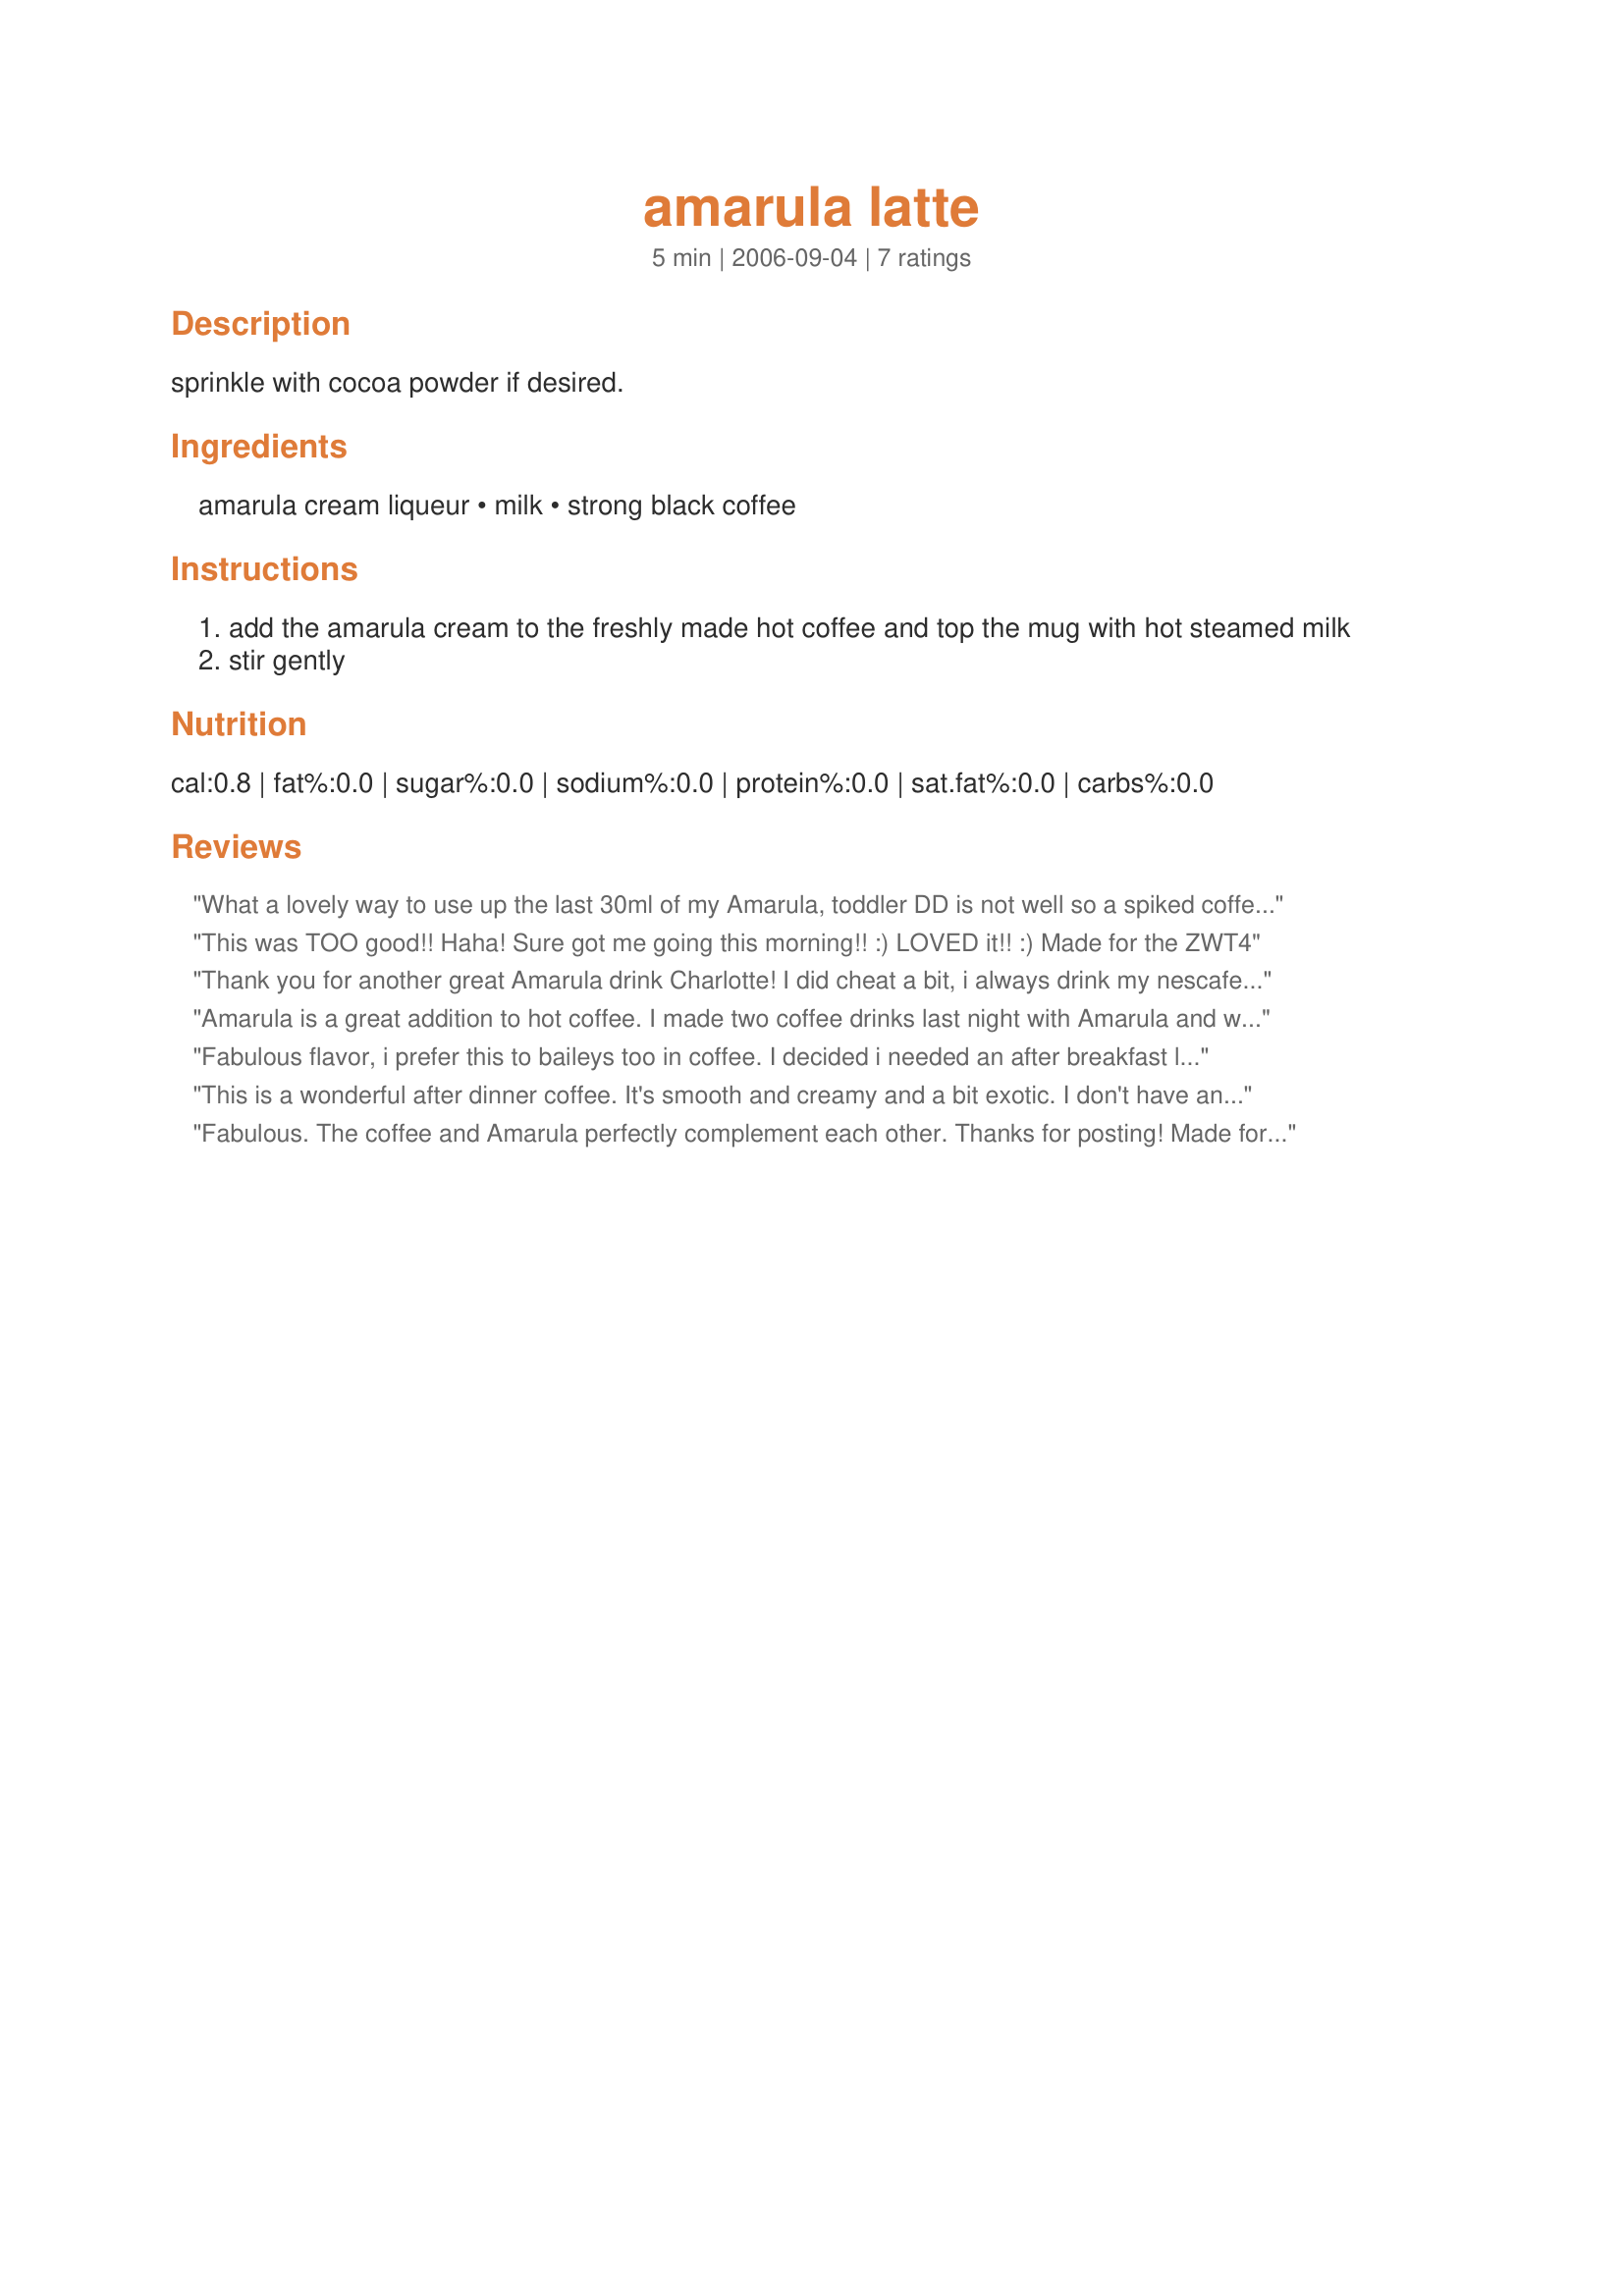
amarula latte
Preparation time: 5 minutes

sprinkle with cocoa powder if desired.

Ingredients:
amarula cream liqueur, milk, strong black coffee

Steps:
add the amarula cream to the freshly made hot coffee and top the mug with hot steamed milk
stir gently

Reviews:
What a lovely way to use up the last 30ml of my Amarula, toddler DD is not well so a spiked coffee such as this was just what I needed to calm the nerves. Thanks Charlotte! Made for ZWT 4.
This was TOO good!! Haha! Sure got me going this morning!! :) LOVED it!! :) Made for the ZWT4
Thank you for another great Amarula drink Charlotte!
I did cheat a bit, i always drink my nescafe cafe latte from my senseo, and i just added a dash of Amarula to my cup ;)
Made for the Tastebud Tickling Travellers, ZWT4
Amarula is a great addition to hot coffee. I made two coffee drinks last night with Amarula and we loved both of them! This would be a great coffee cooler as well! I like the Amarula better then Irish Cream in the coffee. Thanks Charlotte!
Fabulous flavor, i prefer this to baileys too in coffee. I decided i needed an after breakfast lift to keep me motivated cleaning :) Its going down beautifully
This is a wonderful after dinner coffee. It's smooth and creamy and a bit exotic. I don't have any way to steam milk so I just warmed some in the micro and added it. I'm sure that guests would adore you if you served this to them. Thanks Char!
Fabulous. The coffee and Amarula perfectly complement each other. Thanks for posting! Made for ZWT4
